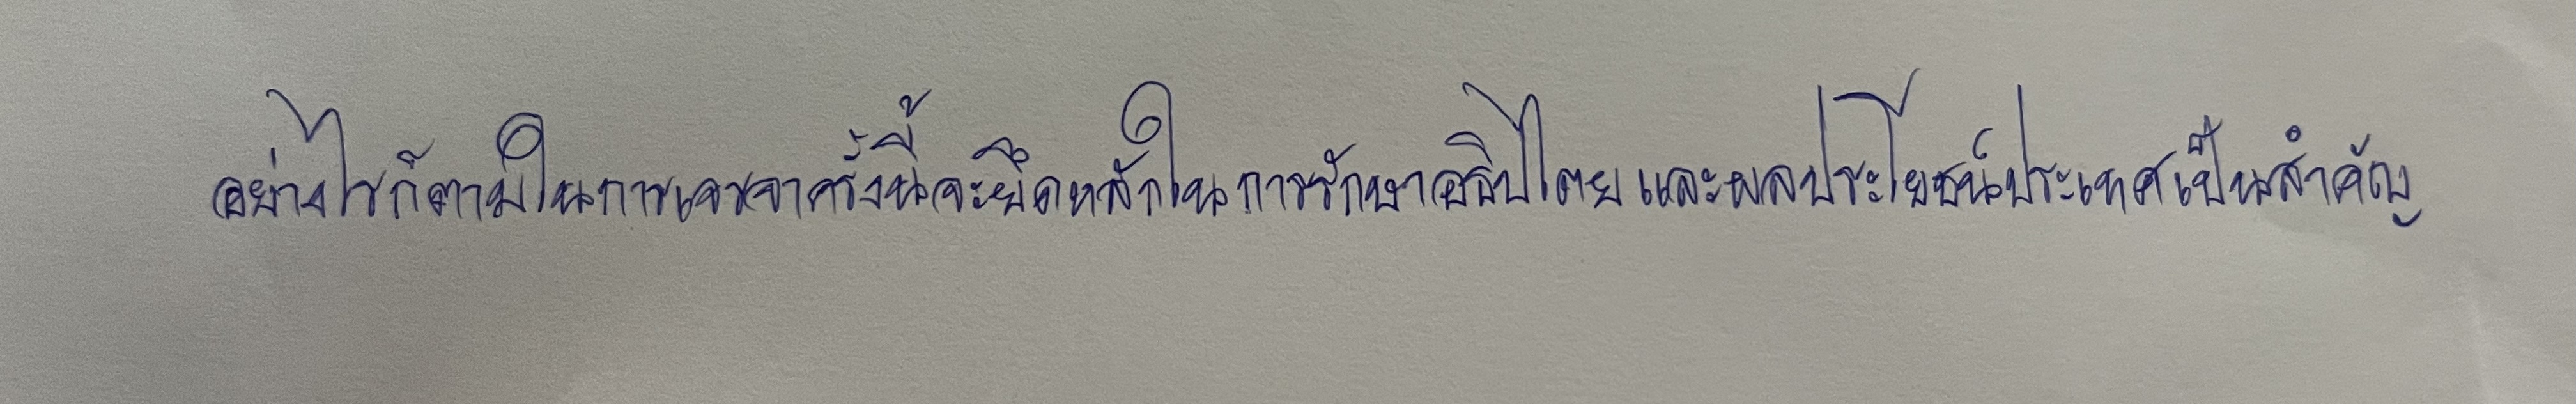
อย่างไรก็ตามในการเจรจาครั้งนี้จะยึดหลักในการรักษาอธิปไตยและผลประโยชน์ประเทศเป็นสำคัญ